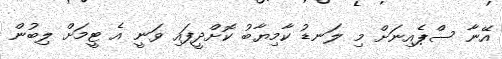
އޭނާ ސްޕެއިނަށް މި ލަނޑު ކާމިޔާބު ކޮށްދީފައި ވަނީ އެ ޓީމަށް ލިބުން